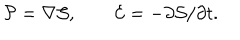
LaTeX: { \cal P } = \nabla { \cal S } , \qquad { \cal E } = - \partial { \cal S } / \partial t .